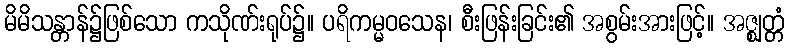
မိမိသန္တာန်၌ဖြစ်သော ကသိုဏ်းရုပ်၌။ ပရိကမ္မဝသေန၊ စီးဖြန်းခြင်း၏ အစွမ်းအားဖြင့်။ အဇ္ဈတ္တံ